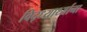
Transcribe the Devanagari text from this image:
विद्ध्यार्थ्याना